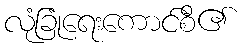
လုံခြုံရေးကောင်စီ၏